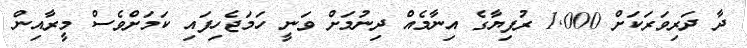
ދާ ދަރިވަރަކަށް 1